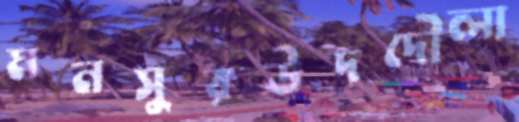
মনসুরউদদৌলা